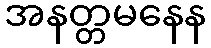
အနတ္တမနေန